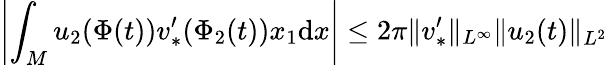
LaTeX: \left|\int_{M}u_{2}(\Phi(t))v_{*}^{\prime}(\Phi_{2}(t))x_{1}\mathrm{d}x\right|\leq 2\pi\| v_{*}^{\prime}\| _{L^{\infty}}\| u_{2}(t)\| _{L^{2}}